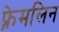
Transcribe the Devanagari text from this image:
फ़्रेमलिन